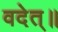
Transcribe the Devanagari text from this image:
वदेत्॥